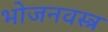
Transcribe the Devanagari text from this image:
भोजनवस्त्र